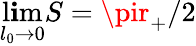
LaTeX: \operatorname*{l\mathbf{i}m}_{l_{0}\to0}S=\pir_{+}/2